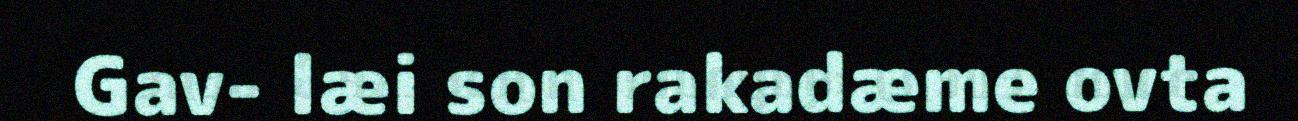
Gav- læi son rakadæme ovta